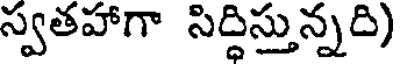
స్వతహాగా సిద్ధిస్తున్నది)